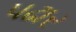
પઢાર